Medical and sanitary report of the native army of Madras for the year
Year: 1878
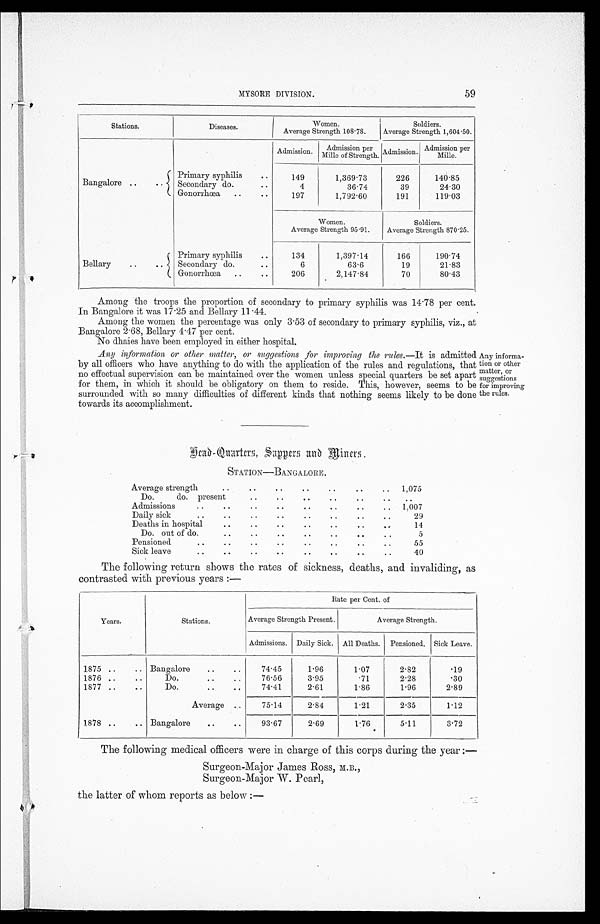
MYSORE DIVISION.
59
Stations
Diseases
Women.
Average Strength Strength 108.78.
Soldiers.
Average Stre
ngth 1,604.50.
Bangalore ..
Primary syphilis
..
Admission.
Admission per
Mille of Strength. Admission. Admission per Mille.
149
1,369.73
226
140.85
Secondary do.
..
4
36.74
39
24.30
Gonorrhœa
..
..
197
1,792.60
191
119.03
Women.
Average Strength 95.91.
Soldiers.
Average Strength 870.25.
Bellary
..
..
Primary syphilis
..
do.
134
1,397.14
166
190.74
Secondary
..
6
63 6
19
.83
21
Gonorrhœa
..
..
206
2,147.84
70
80.43
Among the troops the proportion of secondary to primary syphilis was 14 . 78 per cent.
In Bangalore it was 17.25 and Bellary 11.44.
Among the women the percentage was only 3.53 of secondary to primary syphilis, viz., at
Bangalore 2.68, Bellary 4.47 per cent.
No dhaies have been employed in either hospital.
Any information or other matter, or suggestions for improving the rules .—It is admitted
by all officers who have anything to do with the application of the rules and regulations, that
no effectual supervision can be maintained over the women unless special quarters be set apart
for them, in which it should be obligatory on them to reside. This, however, seems to be
surrounded with so many difficulties of different kinds that nothing seems likely to be done
towards its accomplishment.
Any informa
tion or other
matter, or
suggestions
For improving
le rules.
S c a o Q u a r t e r s , S a p p e r s a n d M i n e r s .
STATION-BANGALORE .
Average strength
..
..
..
.. ..
..
.. 1, 075
Do.
do. present
..
..
..
..
..
..
..
Admissions
..
sick
..
..
..
..
..
..
..
.. 1,007
29
Daily
..
..
..
..
..
..
.. 29
Deaths in hospital
..
..
..
..
..
..
..
14
Do. out of do.
..
..
..
..
..
..
..
5
Pensioned
..
..
..
..
.. ..
..
..
55
Sick leave..
.. ..
..
..
..
..
.. 40
The following return shows the rates of sickness, deaths, and invaliding, as
contrasted with previous years :—
Years.
Stations.
Rate per Cent. of
Average Strength Present.
Average Strength.
Admissions. Daily Sick. All Deaths. Pensioned. Sick Leave.
1875 ..
.. Bangalore
..
..
74.45
1.96
1.07
2.82
.19
1876 ..
..
Do.
..
..
76.56
3.95
.71
2.28
.30
1877 ..
..
Do.
..
74.41
2.61
1.86
1.96
2.89
Average ..
75.14
2.84
1.21
2.35
1.12
1878 ..
.. Bangalore
..
..
93.67
2.69
1.76 5.11
3.72
The following medical officers were in charge of this corps during the year :—
Sur geon- Maj or J ames Ros s , M. B. ,
Surgeon-Major W. Pearl,
the latter of whom reports as below :—